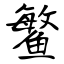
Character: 鳘